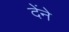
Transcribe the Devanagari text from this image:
देंने